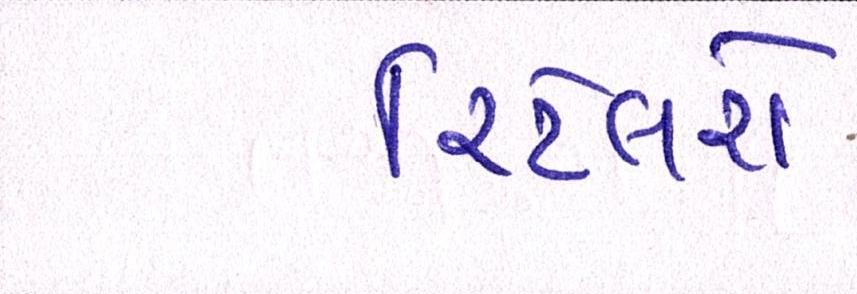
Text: રિટેલરો